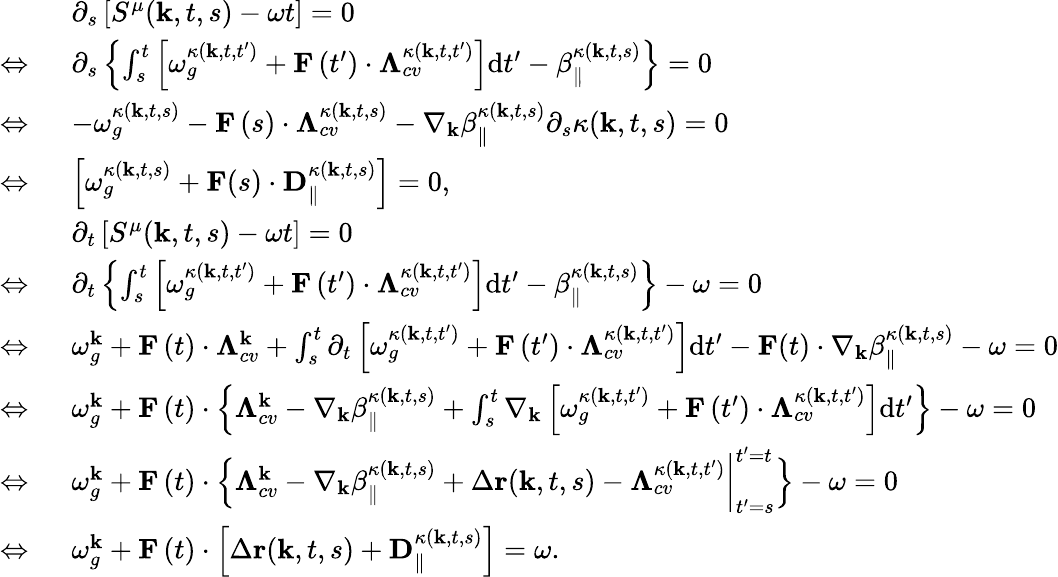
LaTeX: \begin{array}{rl}{\ }&{\partial_{s}\left[S^{\mu}(\mathbf{k},t,s)-\omega t\right]=0}\\ {\Leftrightarrow\ }&{\partial_{s}\left\{ \int_{s}^{t}\left[\omega_{g}^{\kappa\left(\textbf{k},t,t^{\prime}\right)}+\mathbf{F}\left(t^{\prime}\right)\cdot\mathbf{\Lambda}_{cv}^{\kappa\left(\textbf{k},t,t^{\prime}\right)}\right]\mathrm{d}t^{\prime}-\beta_{\| }^{\kappa(\textbf{k},t,s)}\right\} =0}\\ {\Leftrightarrow\ }&{-\omega_{g}^{\kappa\left(\textbf{k},t,s\right)}-\mathbf{F}\left(s\right)\cdot\mathbf{\Lambda}_{cv}^{\kappa\left(\textbf{k},t,s\right)}-\nabla_{\textbf{k}}\beta_{\| }^{\kappa(\textbf{k},t,s)}\partial_{s}\kappa(\textbf{k},t,s)=0}\\ {\Leftrightarrow\ }&{\left[\omega_{g}^{\kappa\left(\textbf{k},t,s\right)}+\mathbf{F}(s)\cdot\textbf{D}_{\| }^{\kappa(\textbf{k},t,s)}\right]=0,}\\ {\ }&{\partial_{t}\left[S^{\mu}(\mathbf{k},t,s)-\omega t\right]=0}\\ {\Leftrightarrow\ }&{\partial_{t}\left\{ \int_{s}^{t}\left[\omega_{g}^{\kappa\left(\textbf{k},t,t^{\prime}\right)}+\mathbf{F}\left(t^{\prime}\right)\cdot\mathbf{\Lambda}_{cv}^{\kappa\left(\textbf{k},t,t^{\prime}\right)}\right]\mathrm{d}t^{\prime}-\beta_{\| }^{\kappa(\textbf{k},t,s)}\right\} -\omega=0}\\ {\Leftrightarrow\ }&{\omega_{g}^{\textbf{k}}+\mathbf{F}\left(t\right)\cdot\mathbf{\Lambda}_{cv}^{\textbf{k}}+\int_{s}^{t}\partial_{t}\left[\omega_{g}^{\kappa\left(\textbf{k},t,t^{\prime}\right)}+\mathbf{F}\left(t^{\prime}\right)\cdot\mathbf{\Lambda}_{cv}^{\kappa\left(\textbf{k},t,t^{\prime}\right)}\right]\mathrm{d}t^{\prime}-\textbf{F}(t)\cdot\nabla_{\textbf{k}}\beta_{\| }^{\kappa(\textbf{k},t,s)}-\omega=0}\\ {\Leftrightarrow\ }&{\omega_{g}^{\textbf{k}}+\mathbf{F}\left(t\right)\cdot\left\{ \mathbf{\Lambda}_{cv}^{\textbf{k}}-\nabla_{\textbf{k}}\beta_{\| }^{\kappa(\textbf{k},t,s)}+\int_{s}^{t}\nabla_{\textbf{k}}\left[\omega_{g}^{\kappa\left(\textbf{k},t,t^{\prime}\right)}+\mathbf{F}\left(t^{\prime}\right)\cdot\mathbf{\Lambda}_{cv}^{\kappa\left(\textbf{k},t,t^{\prime}\right)}\right]\mathrm{d}t^{\prime}\right\} -\omega=0}\\ {\Leftrightarrow\ }&{\omega_{g}^{\textbf{k}}+\mathbf{F}\left(t\right)\cdot\left\{ \mathbf{\Lambda}_{cv}^{\textbf{k}}-\nabla_{\textbf{k}}\beta_{\| }^{\kappa(\textbf{k},t,s)}+\Delta\textbf{r}(\textbf{k},t,s)-\mathbf{\Lambda}_{cv}^{\kappa(\textbf{k},t,t^{\prime})}\bigg|_{t^{\prime}=s}^{t^{\prime}=t}\right\} -\omega=0}\\ {\Leftrightarrow\ }&{\omega_{g}^{\textbf{k}}+\mathbf{F}\left(t\right)\cdot\left[\Delta\textbf{r}(\textbf{k},t,s)+\textbf{D}_{\| }^{\kappa(\textbf{k},t,s)}\right]=\omega.}\end{array}